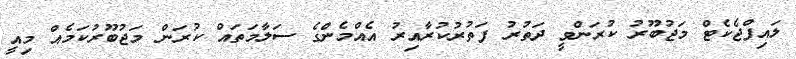
ލައިފްޖެކެޓް މަޖުބޫރު ކުރަންވީ ދަތުރު ފަތުރުކުރާއިރު އެއްމެންގެ ސަލާމަތައް ކުރަން މަޖުބޫރުކަމެއް މިއީ